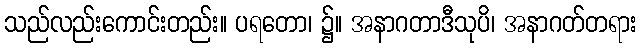
သည်လည်းကောင်းတည်း။ ပရတော၊ ၌။ အနာဂတာဒီသုပိ၊ အနာဂတ်တရား